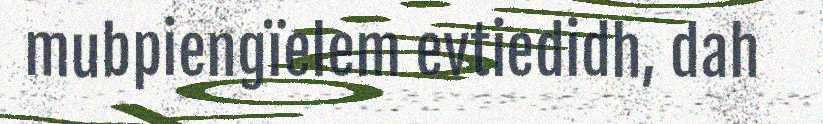
mubpiengïelem evtiedidh, dah